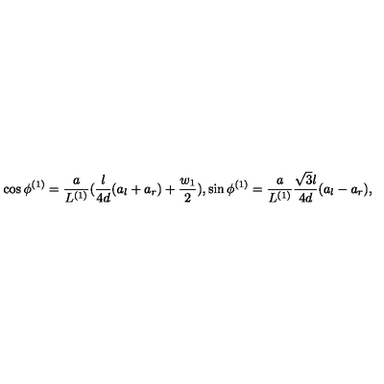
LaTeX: \cos \phi ^ { ( 1 ) } = \frac { a } { L ^ { ( 1 ) } } ( \frac { l } { 4 d } ( a _ { l } + a _ { r } ) + \frac { w _ { 1 } } { 2 } ) , \sin \phi ^ { ( 1 ) } = \frac { a } { L ^ { ( 1 ) } } \frac { \sqrt { 3 } l } { 4 d } ( a _ { l } - a _ { r } ) ,